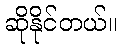
ဆိုနိုင်တယ်။